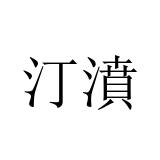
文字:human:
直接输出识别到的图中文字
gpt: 汀濆